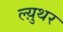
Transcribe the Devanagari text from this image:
ल्य़ुथर